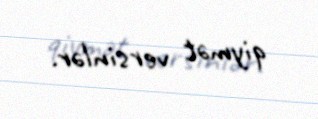
qiymət versinlər.